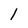
Character: l